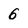
Character: 6